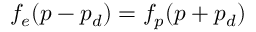
f _ { e } ( p - p _ { d } ) = f _ { p } ( p + p _ { d } )